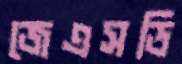
জেএসডি